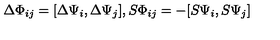
\Delta \Phi _ { i j } = [ \Delta \Psi _ { i } , \Delta \Psi _ { j } ] , S \Phi _ { i j } = - [ S \Psi _ { i } , S \Psi _ { j } ]